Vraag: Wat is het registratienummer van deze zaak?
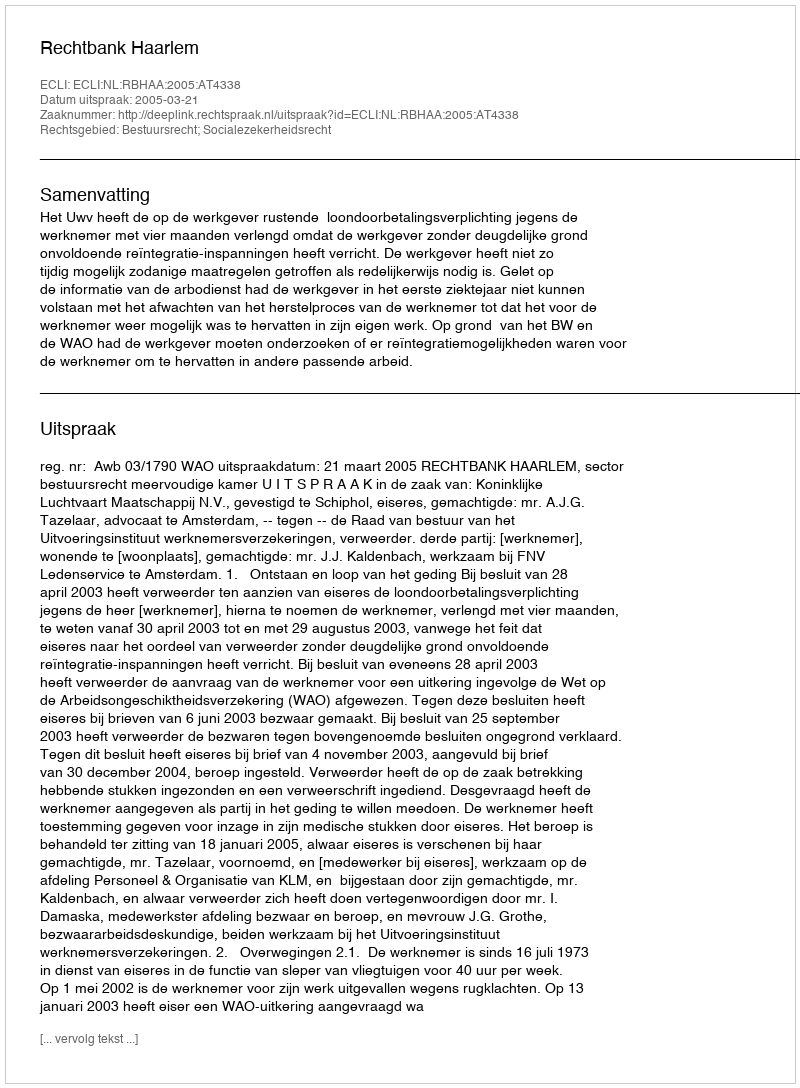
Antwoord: http://deeplink.rechtspraak.nl/uitspraak?id=ECLI:NL:RBHAA:2005:AT4338